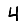
Digit: 4